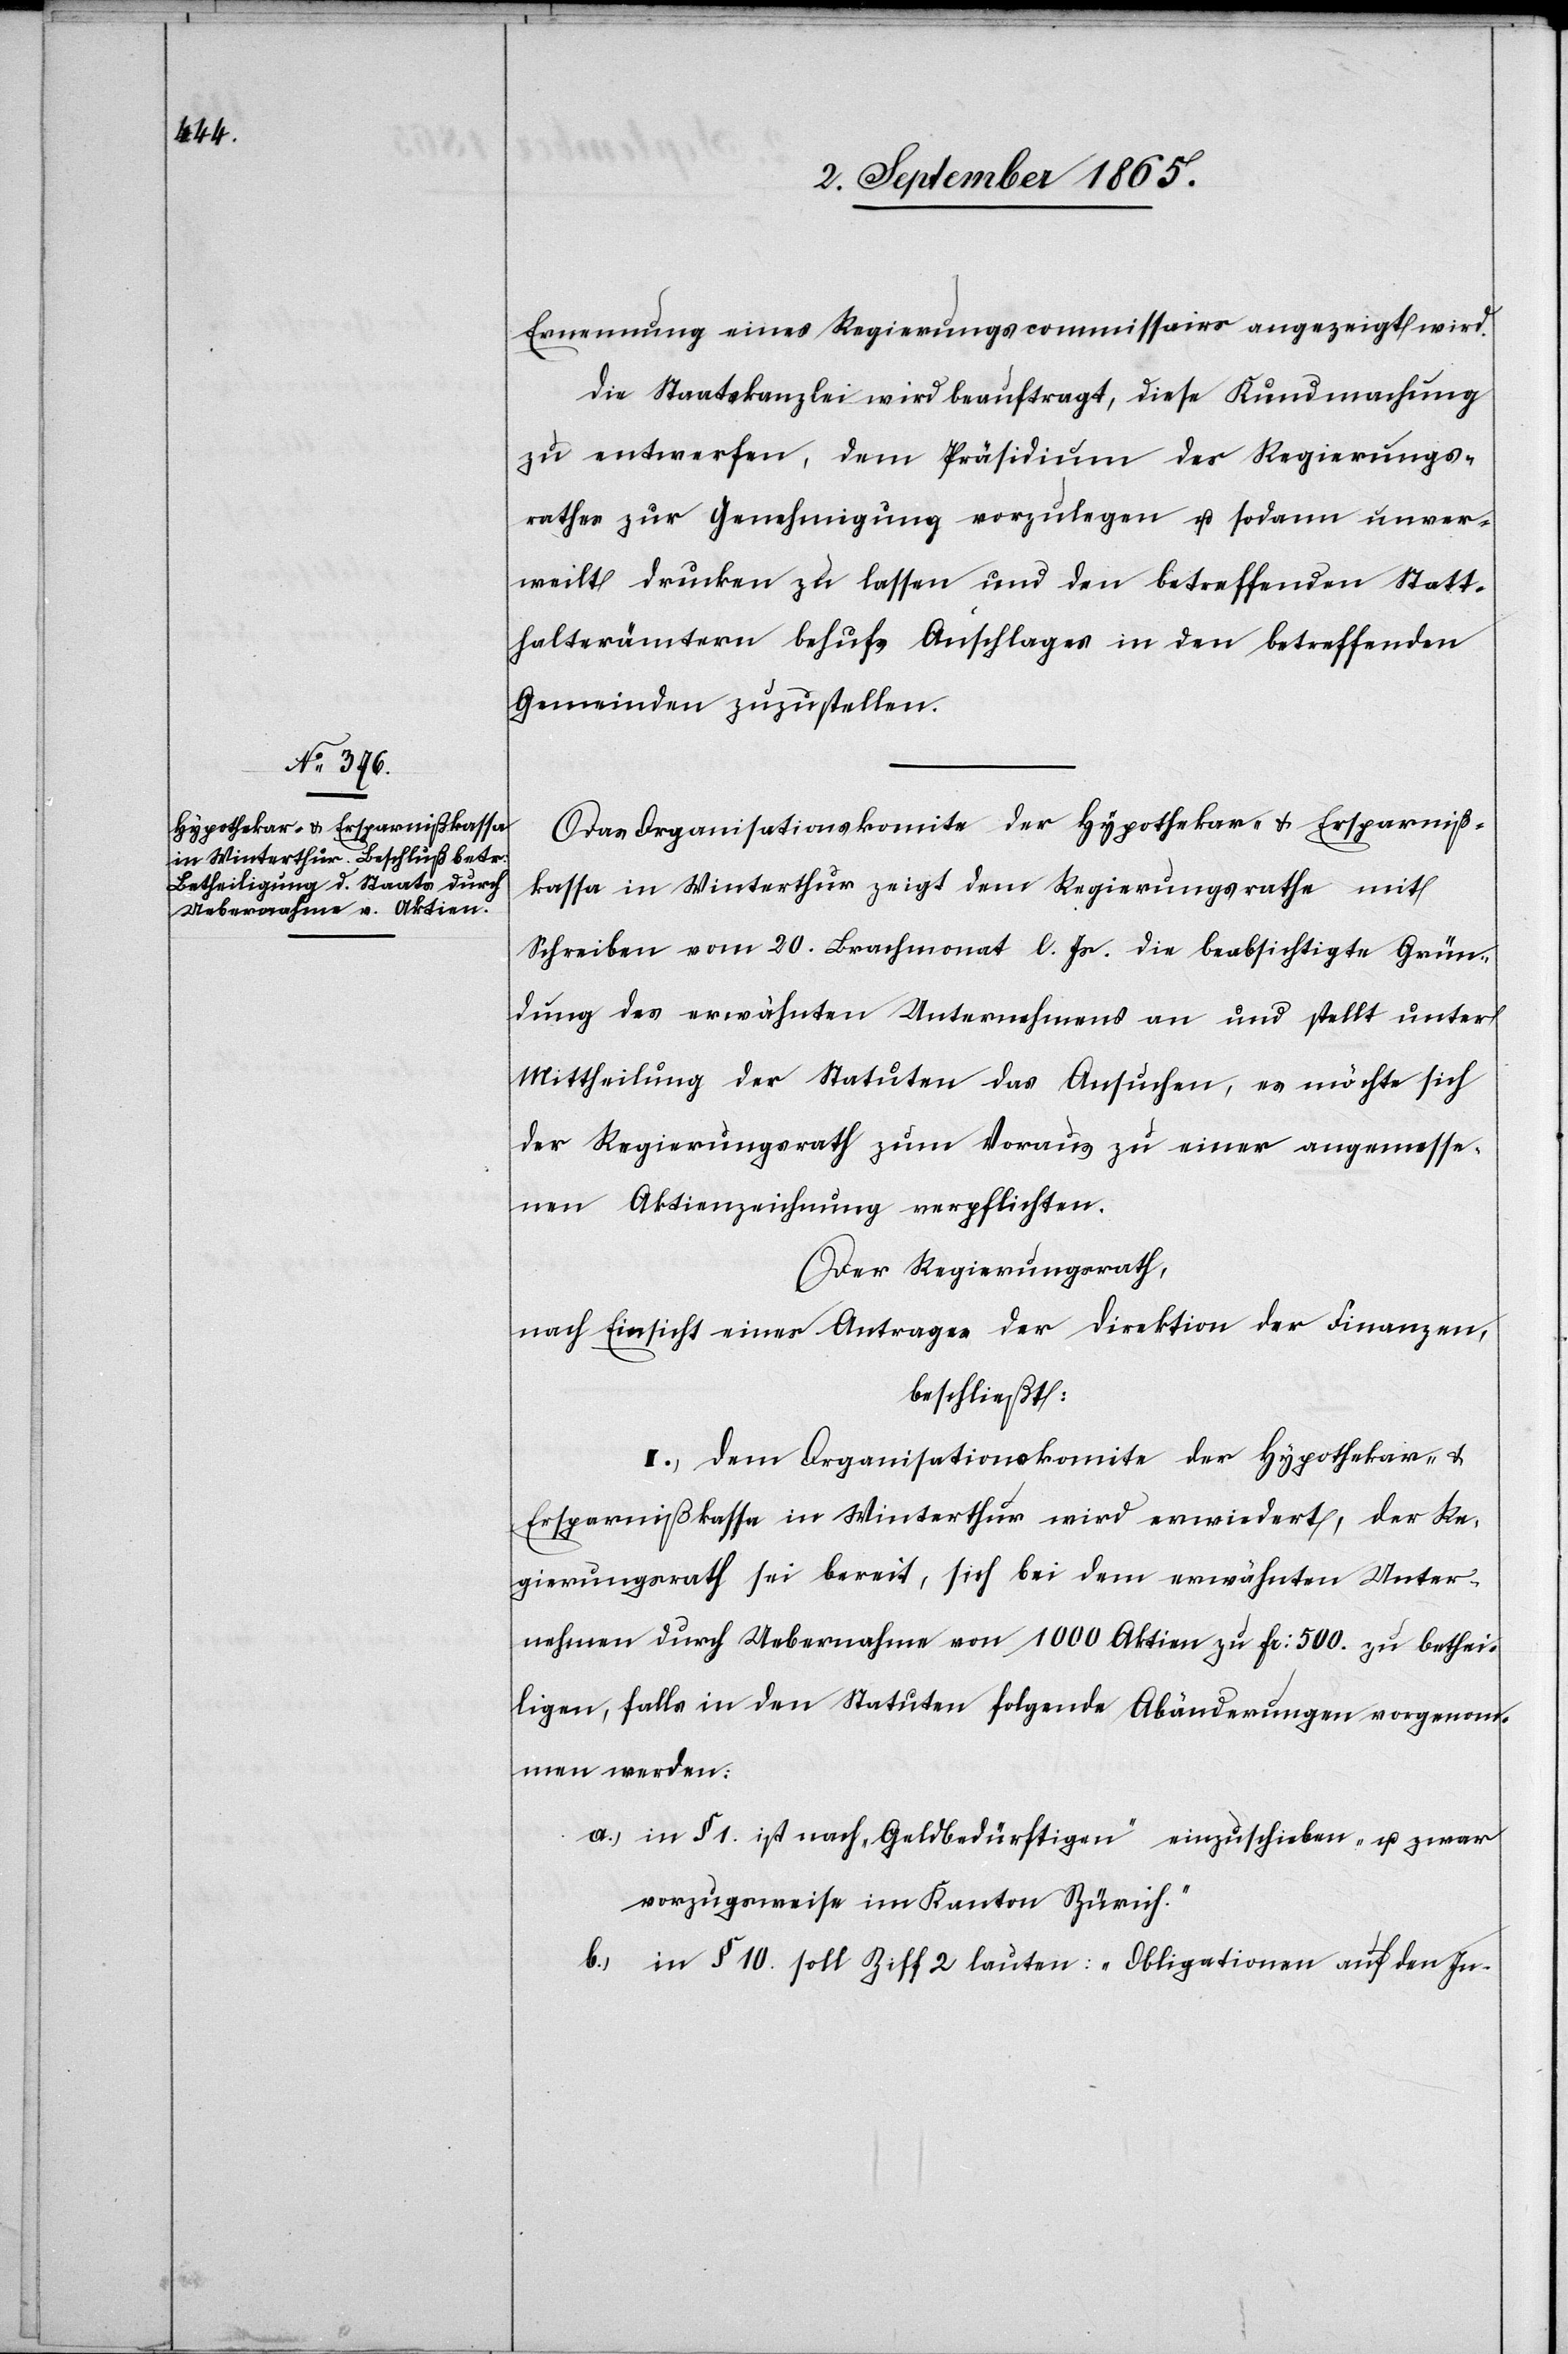
Ernennung eines Regierungscommissairs angezeigt wird.
Die Staatskanzlei wird beauftragt, diese Kundmachung
zu entwerfen, dem Präsidenten des Regierungs¬
rathes zur Genehmigung vorzulegen u. sodann unver¬
weilt drucken zu lassen und den betreffenden Statt¬
halterämtern behufs Anschlages in den betreffenden
Gemeinden zuzustellen.
Das Organisationskomite der Hypothekar- u. Ersparniß¬
kassa in Winterthur zeigt dem Regierungsrathe mit
Schreiben vom 20. Brachmonat l. Js. die beabsichtigte Grün¬
dung des erwähnten Unternehmens an und stellt unter
Mittheilung der Statuten das Ansuchen, es möchte sich
der Regierungsrath zum Voraus zu einer angemesse¬
nen Aktienzeichnung verpflichten.
Der Regierungsrath,
nach Einsicht eines Antrages der Direktion der Finanzen,
beschließt:
I. Dem Organisationskomite der Hypothekar- u.
Ersparnißkasse in Winterthur wird erwiedert, der Re¬
gierungsrath sei bereit, sich bei dem erwähnten Unter¬
nehmen durch Uebernahme von 1000 Aktien zu fr: 500. zu bethei¬
ligen, falls in den Statuten folgende Abänderungen vorgenom¬
men werden:
a.) in § 1. ist nach „Geldbedürftigen“ einzuschieben „u. zwar
vorzugsweise im Kanton Zürich.“
b.) in § 10. soll Ziff 2 lauten: „Obligationen auf den In-